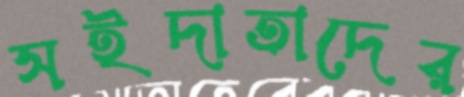
সইদাতাদের